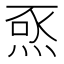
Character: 𭴺